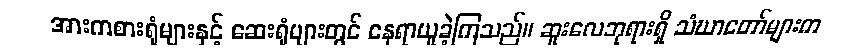
အားကစားရုံများနှင့် ဆေးရုံများတွင် နေရာယူခဲ့ကြသည်။ ဆူးလေဘုရားရှိ သံဃာတော်များက